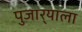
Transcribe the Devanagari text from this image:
पुजार्‍याला